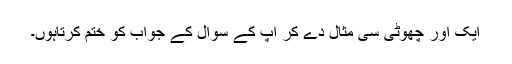
ایک اور چھوٹی سی مثال دے کر آپ کے سوال کے جواب کو ختم کرتاہوں۔